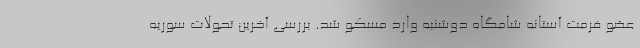
عضو فرمت آستانه شامگاه دوشنبه وارد مسکو شد. بررسی آخرین تحولات سوریه